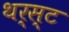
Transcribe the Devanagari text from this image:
थर्स्ट